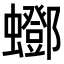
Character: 𧔛